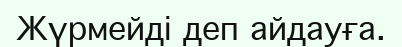
Жүрмейді деп айдауға.